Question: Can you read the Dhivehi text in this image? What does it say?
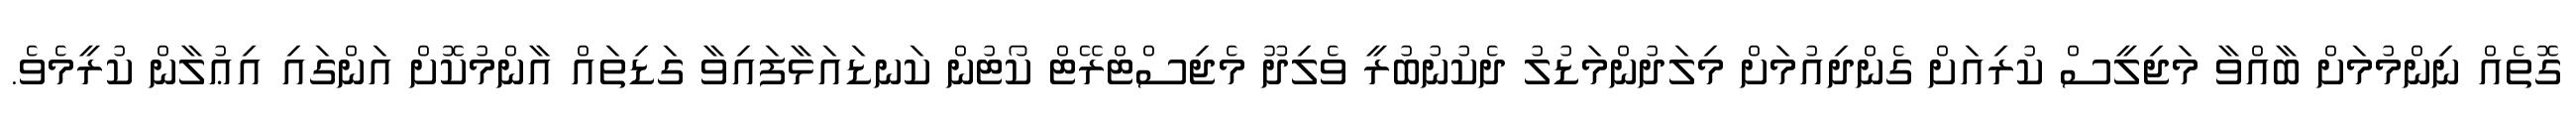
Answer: ގޮތެއް ނިންމުމަށް ބާއްވާ މަޖިލީސް ކުރިއަށް ގެންދިއުމަށް މިލަދުންމަޑުލު ދެކުނުބުރީ ވެލިދޫ މެޖިސްޓްރޭޓް ކޯޓުން ކަނޑައަޅާފައިވާ ގަޑިތައް އާންމުކޮށް އަންގައި އިޢުލާން ކުރީމެވެ.